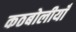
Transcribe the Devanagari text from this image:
कठबोलीयाँ